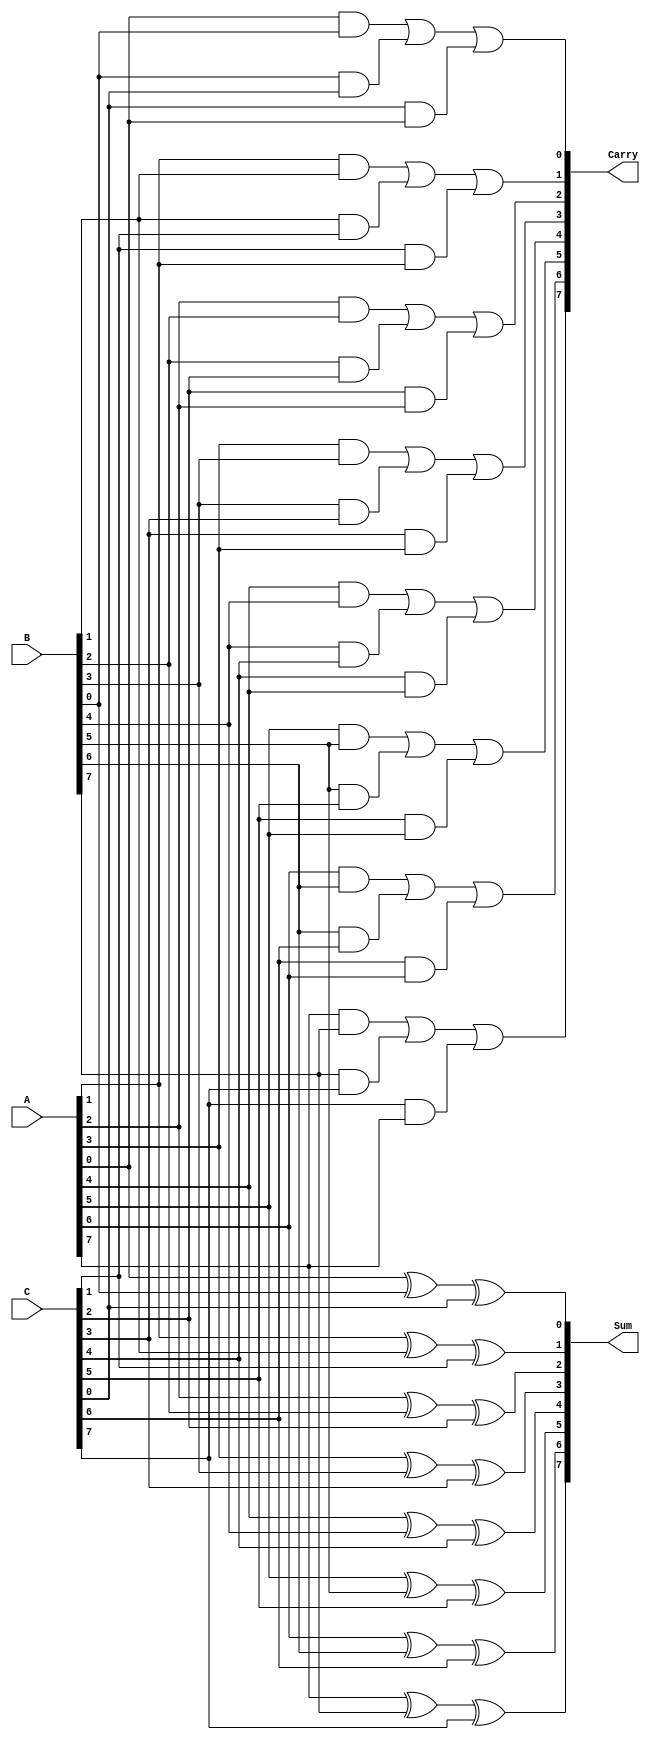
module carry_save_adder #(
    parameter N = 8  // Parameter for the bit-width of the inputs and outputs
)(
    input  [N-1:0] A,  // First operand
    input  [N-1:0] B,  // Second operand
    input  [N-1:0] C,  // Third operand
    output [N-1:0] Sum, // Sum output
    output [N-1:0] Carry // Carry output
);

    // Generate the Sum and Carry outputs
    genvar i;
    generate
        for (i = 0; i < N; i = i + 1) begin : CSA
            assign Sum[i] = A[i] ^ B[i] ^ C[i]; // Sum calculation using XOR
            assign Carry[i] = (A[i] & B[i]) | (B[i] & C[i]) | (C[i] & A[i]); // Carry calculation
        end
    endgenerate

endmodule